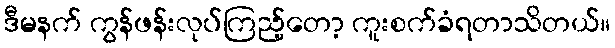
ဒီမနက် ကွန်ဖန်းလုပ်ကြည့်တော့ ကူးစက်ခံရတာသိတယ်။